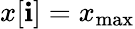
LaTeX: x[\mathbf{i}]=x_{\mathrm{{max}}}